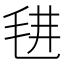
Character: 𣭌